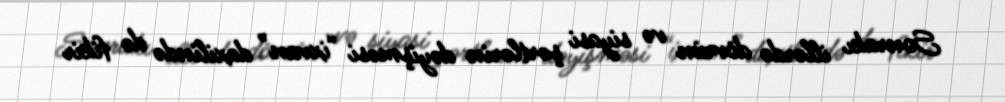
Sonrakı illərdə dövrün və siyasi şərtlərin dəyişməsi “ixvan” daxilində də fikir